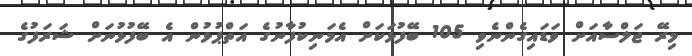
މިރޭ ޖަލްސާއަށް ވަޑައިގެންނެވި 105 ބޭފުޅަކަށް އެމަނިކުފާނުގެ އަތްޕުޅުން އެ ބޭފުޅުނަށް ޝަރަފުގެ